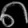
Digit: ၈